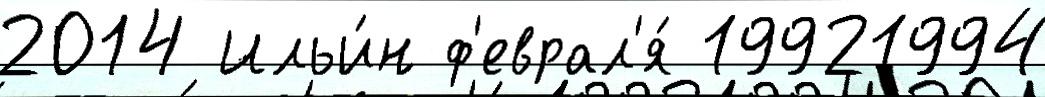
2014 Ильи́н ф'еврал'я́ 19921994